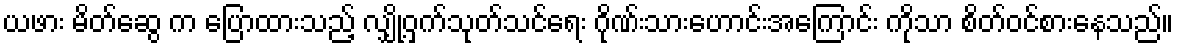
ယဖား မိတ်ဆွေ က ပြောထားသည့် လျှို့ဝှက်သုတ်သင်ရေး ဂိုဏ်းသားဟောင်းအကြောင်း ကိုသာ စိတ်ဝင်စားနေသည်။